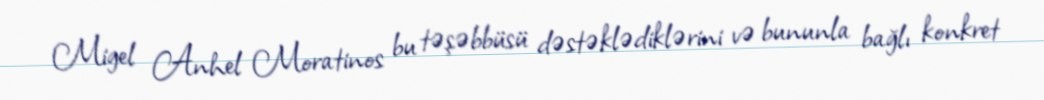
Migel Anhel Moratinos bu təşəbbüsü dəstəklədiklərini və bununla bağlı konkret